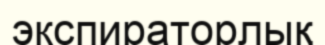
экспираторлық